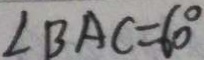
\angle B A C = 6 0 ^ { \circ }